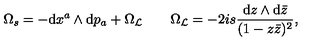
\Omega _ { s } = - \mathrm { d } x ^ { a } \wedge \mathrm { d } p _ { a } + \Omega _ { \cal L } \qquad \Omega _ { \cal L } = - 2 i s \frac { \mathrm { d } z \wedge \mathrm { d } \bar { z } } { ( 1 - z \bar { z } ) ^ { 2 } } ,